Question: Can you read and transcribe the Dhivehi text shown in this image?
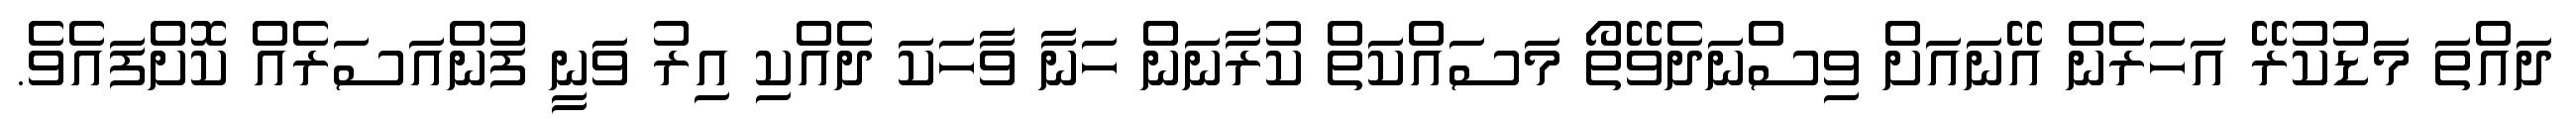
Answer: ދައްތަ މަޑުކުރޭ އަހަރެން އޭނައަށް ވިސްނަދެވޭތޯ މަސައްކަތް ކުރާނަން ހަނާ ވާހަކަ ދެއްކި އިރު ވަނީ ފުންއަސަރެއް ކޮށްފައެވެ.